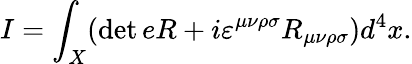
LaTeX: I=\int_{X}(\operatorname*{det}eR+i\varepsilon^{\mu\nu\rho\sigma}R_{\mu\nu\rho\sigma})d^{4}x.